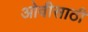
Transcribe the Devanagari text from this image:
ओवीसाठी